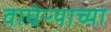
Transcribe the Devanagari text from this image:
वाघेऱ्याच्या